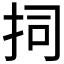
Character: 𭠟